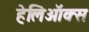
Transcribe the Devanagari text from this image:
हेलिऑक्स